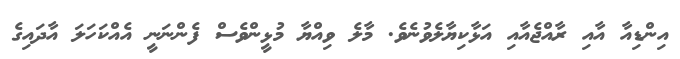
އިންޑިއާ އާއި ރާއްޖެއާއި އަޅާކިޔާލެވުނެވެ. މާލެ ވިއްޔާ މުޅީންވެސް ފެންނަނީ އެއްކަހަލަ އާދައިގެ